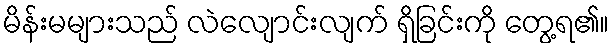
မိန်းမများသည် လဲလျောင်းလျက် ရှိခြင်းကို တွေ့ရ၏။